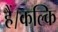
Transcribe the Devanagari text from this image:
हैं।कल्कि